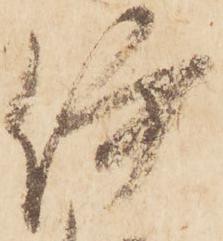
伊